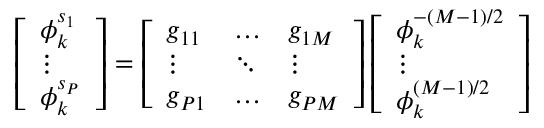
\left[ \begin{array} { l } { \phi _ { k } ^ { s _ { 1 } } } \\ { \vdots } \\ { \phi _ { k } ^ { s _ { P } } } \end{array} \right] = \left[ \begin{array} { l l l } { g _ { 1 1 } } & { \hdots } & { g _ { 1 M } } \\ { \vdots } & { \ddots } & { \vdots } \\ { g _ { P 1 } } & { \hdots } & { g _ { P M } } \end{array} \right] \left[ \begin{array} { l } { \phi _ { k } ^ { - ( M { - } 1 ) / 2 } } \\ { \vdots } \\ { \phi _ { k } ^ { ( M { - } 1 ) / 2 } } \end{array} \right]